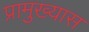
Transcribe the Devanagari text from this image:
प्रामुख्यास